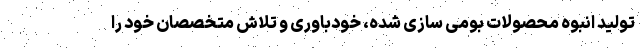
تولید انبوه محصولات بومی سازی شده، خودباوری و تلاش متخصصان خود را